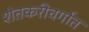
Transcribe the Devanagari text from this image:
शेतकरीवर्गात